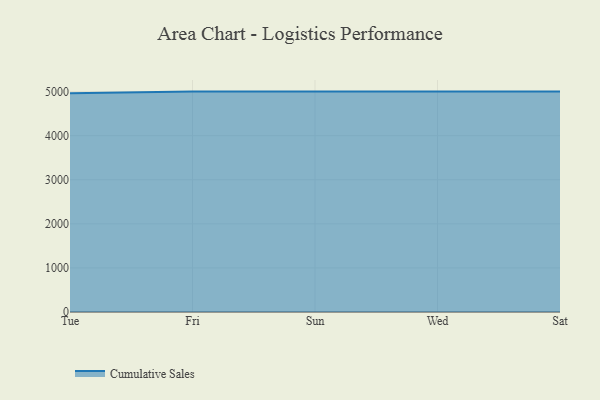
{"axis": {"x": "Day", "y": "Bounce Rate (%)"}, "legend": ["Cumulative Sales"], "data": [{"x": "Tue", "y": 4965.3, "type": "Cumulative Sales"}, {"x": "Fri", "y": 5000, "type": "Cumulative Sales"}, {"x": "Sun", "y": 5000, "type": "Cumulative Sales"}, {"x": "Wed", "y": 5000, "type": "Cumulative Sales"}, {"x": "Sat", "y": 5000, "type": "Cumulative Sales"}]}